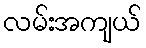
လမ်းအကျယ်